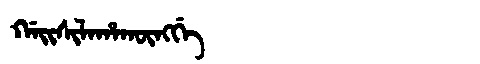
Manchu: ᡤᠠᡳᠰᡳᠯᠠᡥᠠᡴᡡᠩᡤᡝ
Romanization: GAISILAHAKŪNGGE